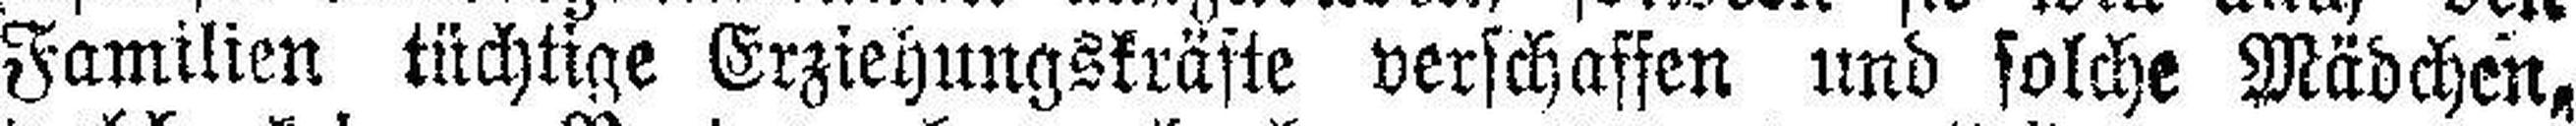
Familien tüchtige Erziehungskräfte verschaffen und solche Mädchen,